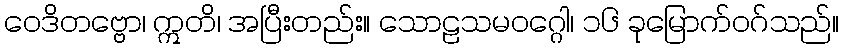
ဝေဒိတဗ္ဗော၊ ဣတိ၊ အပြီးတည်း။ သောဠသမဝဂ္ဂေါ၊ ၁၆ ခုမြောက်ဝဂ်သည်။